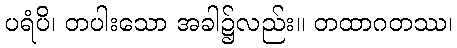
ပရံပိ၊ တပါးသော အခါ၌လည်း။ တထာဂတဿ၊